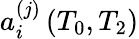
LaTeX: a_{i}^{(j)}\left(T_{0},T_{2}\right)